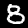
Digit: 8